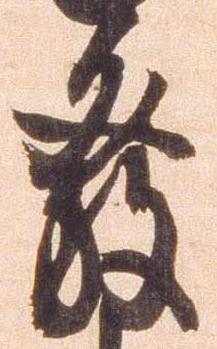
発